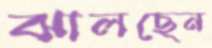
ঝালছেন